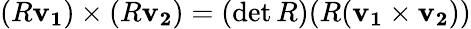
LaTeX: (R\mathbf{v_{1}})\times(R\mathbf{v_{2}})=(\operatorname*{det}R)(R(\mathbf{v_{1}}\times\mathbf{v_{2}}))